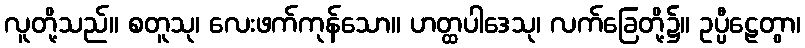
လူတို့သည်။ စတူသု၊ လေးဖက်ကုန်သော။ ဟတ္ထပါဒေသု၊ လက်ခြေတို့၌။ ဥပ္ပီဠေတွာ၊